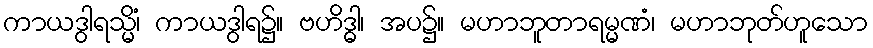
ကာယဒွါရသ္မိံ၊ ကာယဒွါရ၌။ ဗဟိဒ္ဓါ၊ အပ၌။ မဟာဘူတာရမ္မဏံ၊ မဟာဘုတ်ဟူသော